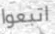
اتبعوا